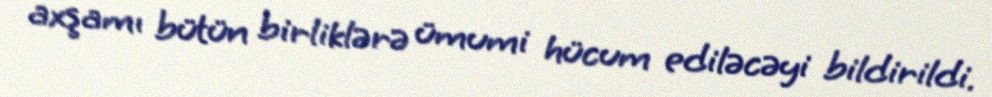
axşamı bütün birliklərə ümumi hücum ediləcəyi bildirildi.